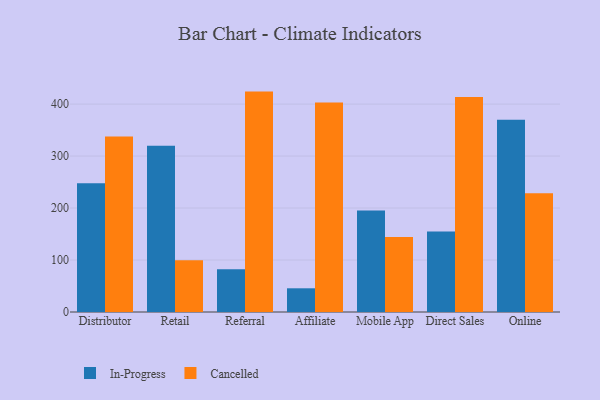
{"axis": {"x": "Channel", "y": "Waste Production (Tons)"}, "legend": ["Cancelled", "In-Progress"], "data": [{"x": "Distributor", "y": 247.5, "type": "In-Progress"}, {"x": "Distributor", "y": 337.8, "type": "Cancelled"}, {"x": "Retail", "y": 320.0, "type": "In-Progress"}, {"x": "Retail", "y": 99.5, "type": "Cancelled"}, {"x": "Referral", "y": 82.1, "type": "In-Progress"}, {"x": "Referral", "y": 424.0, "type": "Cancelled"}, {"x": "Affiliate", "y": 45.6, "type": "In-Progress"}, {"x": "Affiliate", "y": 402.9, "type": "Cancelled"}, {"x": "Mobile App", "y": 195.4, "type": "In-Progress"}, {"x": "Mobile App", "y": 144.2, "type": "Cancelled"}, {"x": "Direct Sales", "y": 155.1, "type": "In-Progress"}, {"x": "Direct Sales", "y": 413.7, "type": "Cancelled"}, {"x": "Online", "y": 369.7, "type": "In-Progress"}, {"x": "Online", "y": 228.5, "type": "Cancelled"}]}